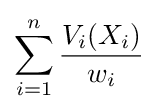
\sum _{i=1}^{n}{V_{i}(X_{i}) \over w_{i}}